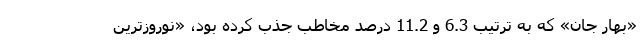
«بهار جان» که به ترتیب 6.3 و 11.2 درصد مخاطب جذب کرده بود، «نوروزترین